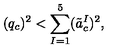
( q _ { c } ) ^ { 2 } < \sum _ { I = 1 } ^ { 5 } ( \tilde { a } _ { c } ^ { I } ) ^ { 2 } ,